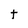
Character: t